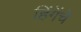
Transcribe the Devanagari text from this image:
हिंगेंचे